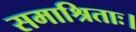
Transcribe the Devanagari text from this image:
समाश्रिताः।